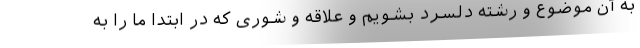
به آن موضوع و رشته دلسرد بشویم و علاقه و شوری که در ابتدا ما را به